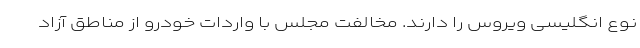
نوع انگلیسی ویروس را دارند. مخالفت مجلس با واردات خودرو از مناطق آزاد